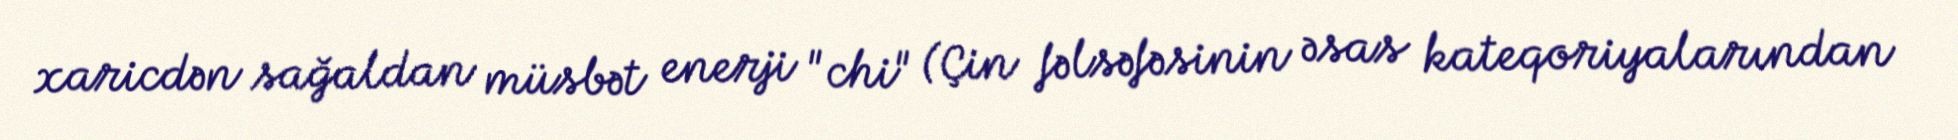
xaricdən sağaldan müsbət enerji "chi" (Çin fəlsəfəsinin əsas kateqoriyalarından